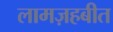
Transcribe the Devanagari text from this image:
लामज़हबीत